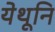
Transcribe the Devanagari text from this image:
येथूनि